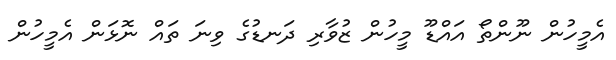
އެމީހުން ނޫންތޯ އައްޑޫ މީހުން ޒުވާރި ދަނޑުގެ ވިނަ ތައް ނޮޅަން އެމީހުން